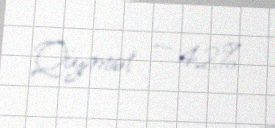
Qiymət — 42%